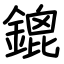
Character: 鎞